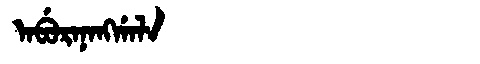
Manchu: ᠠᠪᡠᡵᠠᠨᠠᠩᡤᠠᠯᠠ
Romanization: ABURANANGGALA